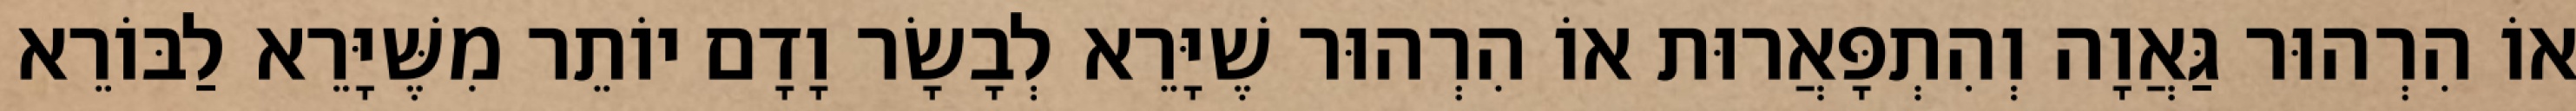
אוֹ הִרְהוּר גַּאֲוָה וְהִתְפָּאֲרוּת אוֹ הִרְהוּר שֶׁיָּרֵא לְבָשָׂר וָדָם יוֹתֵר מִשֶּׁיָּרֵא לַבּוֹרֵא